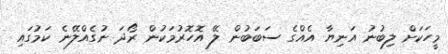
މީހަކަށް ލިބުނު އަނިޔާ އެއްގެ ސަބަބުން ލޭ އޮހޮރުމަކުން ރޯދަ ނުގެއްލޭނެ ކަމުގައި